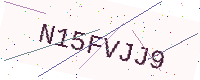
Text: N15FVJJ9